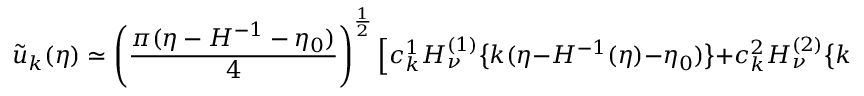
\tilde { u } _ { k } ( \eta ) \simeq \left( \frac { \pi ( \eta - H ^ { - 1 } - \eta _ { 0 } ) } { 4 } \right) ^ { \frac { 1 } { 2 } } \Bigl [ c _ { k } ^ { 1 } H _ { \nu } ^ { ( 1 ) } \bigl \{ k ( \eta - H ^ { - 1 } ( \eta ) - \eta _ { 0 } ) \bigr \} + c _ { k } ^ { 2 } H _ { \nu } ^ { ( 2 ) } \bigl \{ k ( \eta - H ^ { - 1 } ( \eta ) - \eta _ { 0 } ) \bigr \} \Bigr ] ,